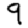
Digit: 9